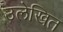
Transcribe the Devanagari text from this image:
उलेखित